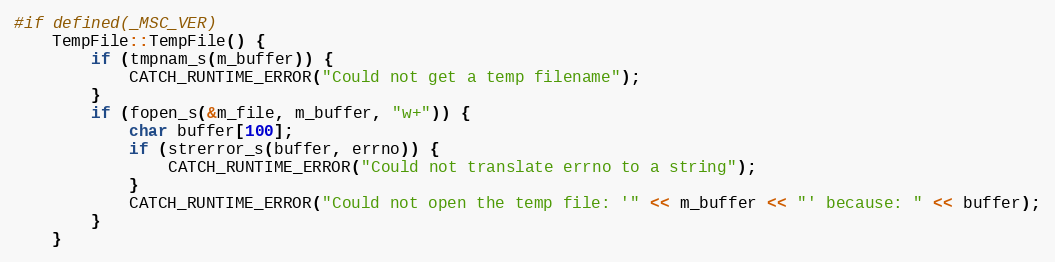
Language: C++
#if defined(_MSC_VER)
    TempFile::TempFile() {
        if (tmpnam_s(m_buffer)) {
            CATCH_RUNTIME_ERROR("Could not get a temp filename");
        }
        if (fopen_s(&m_file, m_buffer, "w+")) {
            char buffer[100];
            if (strerror_s(buffer, errno)) {
                CATCH_RUNTIME_ERROR("Could not translate errno to a string");
            }
            CATCH_RUNTIME_ERROR("Could not open the temp file: '" << m_buffer << "' because: " << buffer);
        }
    }